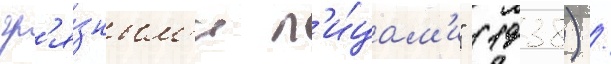
гр'я́зным'и л'и́цам'и" (1938) /